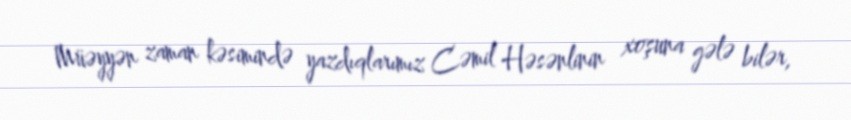
Müəyyən zaman kəsimində yazdıqlarımız Cəmil Həsənlinin xoşuna gələ bilər,